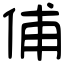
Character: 俌